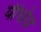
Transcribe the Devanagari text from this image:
यीधेय